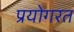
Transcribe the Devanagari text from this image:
प्रयोगरत